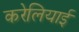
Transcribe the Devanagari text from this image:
करेलियाई